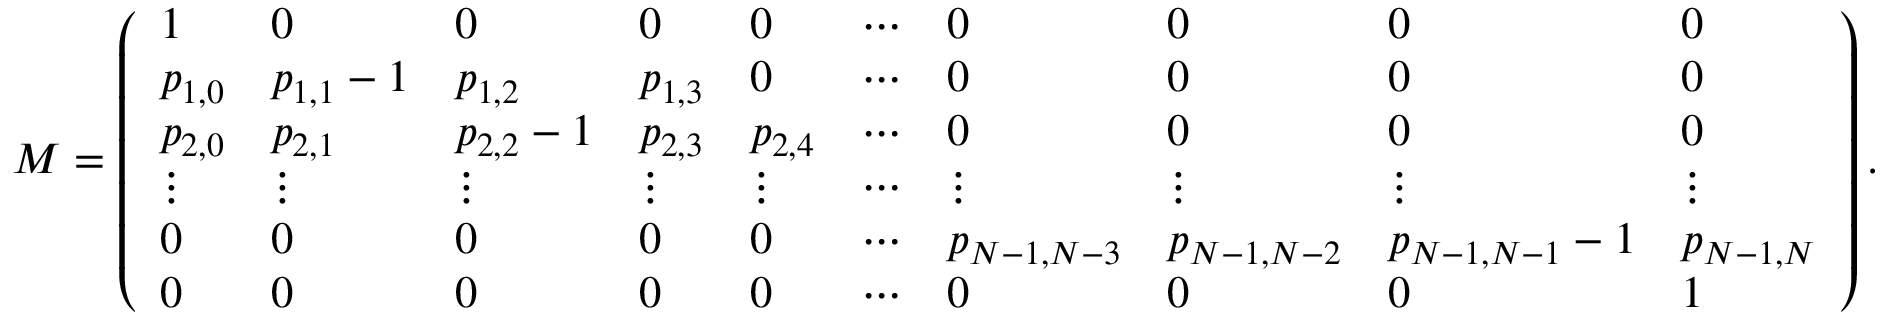
M = \left( \begin{array} { l l l l l l l l l l } { 1 } & { 0 } & { 0 } & { 0 } & { 0 } & { \cdots } & { 0 } & { 0 } & { 0 } & { 0 } \\ { p _ { 1 , 0 } } & { p _ { 1 , 1 } - 1 } & { p _ { 1 , 2 } } & { p _ { 1 , 3 } } & { 0 } & { \cdots } & { 0 } & { 0 } & { 0 } & { 0 } \\ { p _ { 2 , 0 } } & { p _ { 2 , 1 } } & { p _ { 2 , 2 } - 1 } & { p _ { 2 , 3 } } & { p _ { 2 , 4 } } & { \cdots } & { 0 } & { 0 } & { 0 } & { 0 } \\ { \vdots } & { \vdots } & { \vdots } & { \vdots } & { \vdots } & { \cdots } & { \vdots } & { \vdots } & { \vdots } & { \vdots } \\ { 0 } & { 0 } & { 0 } & { 0 } & { 0 } & { \cdots } & { p _ { N - 1 , N - 3 } } & { p _ { N - 1 , N - 2 } } & { p _ { N - 1 , N - 1 } - 1 } & { p _ { N - 1 , N } } \\ { 0 } & { 0 } & { 0 } & { 0 } & { 0 } & { \cdots } & { 0 } & { 0 } & { 0 } & { 1 } \end{array} \right) .